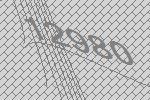
12980